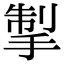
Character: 掣